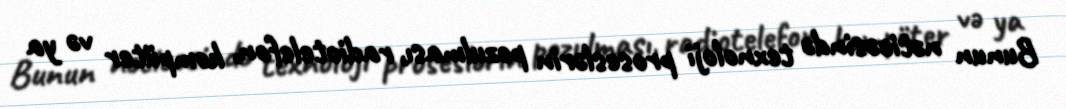
Bunun nəticəsində texnoloji proseslərin pozulması, radiotelefon, kompüter və ya